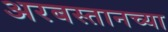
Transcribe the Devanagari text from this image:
अरबस्तानच्या